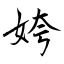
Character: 姱